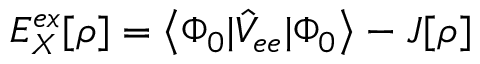
E _ { X } ^ { e x } [ \rho ] = \left< \Phi _ { 0 } | \hat { V } _ { e e } | \Phi _ { 0 } \right> - J [ \rho ]